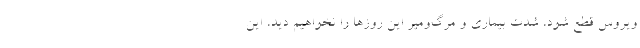
ویروس قطع شود، شدت بیماری و مرگ‌ومیر این روزها را نخواهیم دید، این